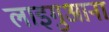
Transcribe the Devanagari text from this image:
लाइगुआना